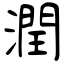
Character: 潤